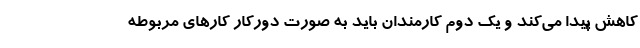
کاهش پیدا می‌کند و یک دوم کارمندان باید به صورت دورکار کارهای مربوطه